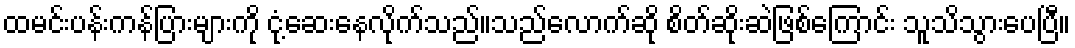
ထမင်းပန်းကန်ပြားများကို ငုံ့ဆေးနေလိုက်သည်။သည်လောက်ဆို စိတ်ဆိုးဆဲဖြစ်ကြောင်း သူသိသွားပေပြီ။